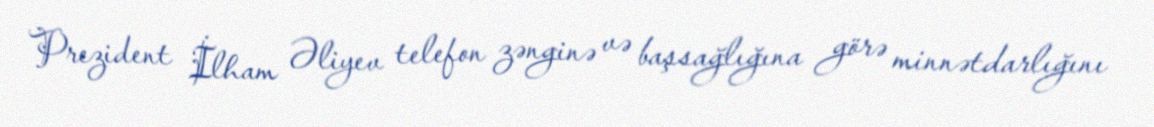
Prezident İlham Əliyev telefon zənginə və başsağlığına görə minnətdarlığını